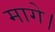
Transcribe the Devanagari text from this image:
मागे।